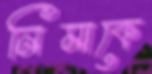
নিমাকে